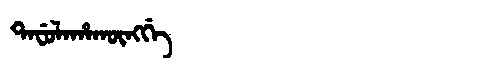
Manchu: ᡨᠠᠸᡠᠯᠠᡥᠠᡴᡡᠩᡤᡝ
Romanization: TAFULAHAKŪNGGE